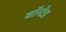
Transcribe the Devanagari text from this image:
वाॅन्टेड